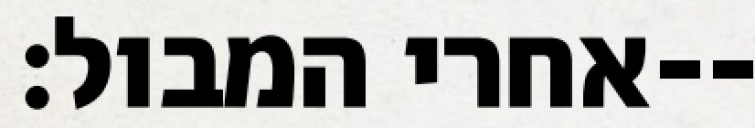
אחרי המבול׃--